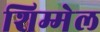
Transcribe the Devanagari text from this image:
शिम्मेल